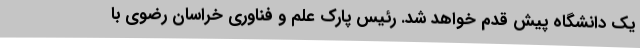
یک دانشگاه پیش قدم خواهد شد. رئیس پارک علم و فناوری خراسان رضوی با